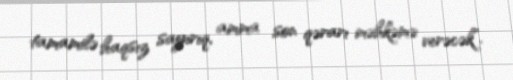
tamamilə haqsız sayırıq, amma son qərarı məhkəmə verəcək”.